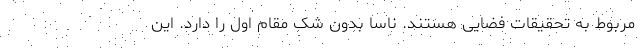
مربوط به تحقیقات فضایی هستند. ناسا بدون شک مقام اول را دارد. این